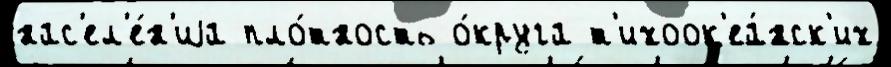
нас'ел'е́н'иjа пло́тность о́круга т'ихоок'еа́нск'их